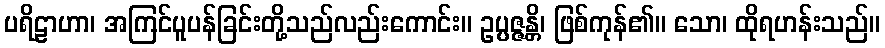
ပရိဠာဟာ၊ အကြင်ပူပန်ခြင်းတို့သည်လည်းကောင်း။ ဥပ္ပဇ္ဇန္တိ၊ ဖြစ်ကုန်၏။ သော၊ ထိုရဟန်းသည်။